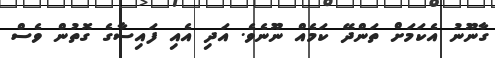
ގާނޫނު އެކަމަށް ތަންދޭ ކަމެއް ނޫނެވެ. އަދި އެއި ފައިސާގެ ގޮތުން ވެސް